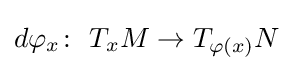
d\varphi _{x}\colon \ T_{x}M\to T_{\varphi (x)}N